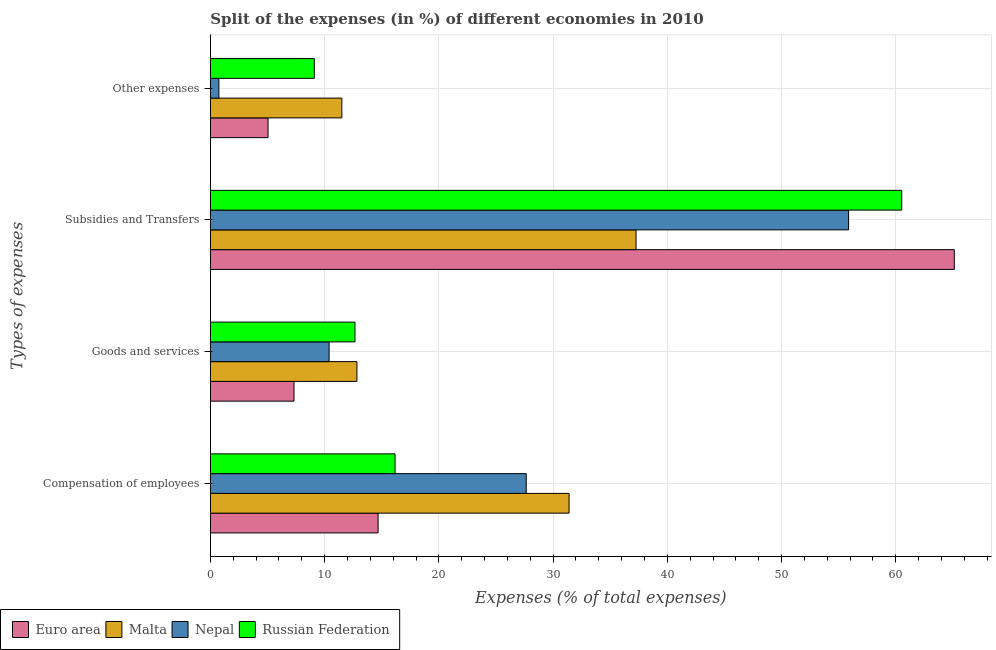
| Types of expenses | Euro area | Malta | Nepal | Russian Federation |
 | --- | --- | --- | --- | --- |
 | Compensation of employees | 14.7 | 31.4 | 27.6 | 16.2 |
 | Goods and services | 7.32 | 12.8 | 10.4 | 12.7 |
 | Subsidies and Transfers | 65.1 | 37.3 | 55.9 | 60.5 |
 | Other expenses | 5.05 | 11.5 | 0.742 | 9.1 |